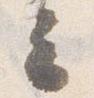
云